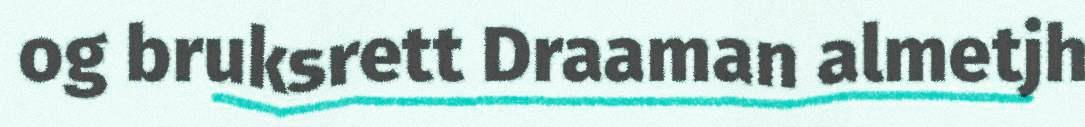
og bruksrett Draaman almetjh